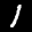
Label: 1